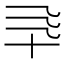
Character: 𰅯